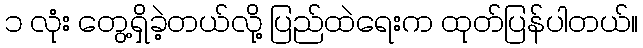
၁ လုံး တွေ့ရှိခဲ့တယ်လို့ ပြည်ထဲရေးက ထုတ်ပြန်ပါတယ်။